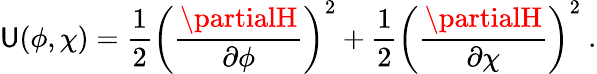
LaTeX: \mathsf{U}(\phi,\chi)=\frac{{1}}{{2}}\left(\frac{{\partialH}}{{\partial\phi}}\right)^{2}+\frac{{1}}{{2}}\left(\frac{{\partialH}}{{\partial\chi}}\right)^{2}~.